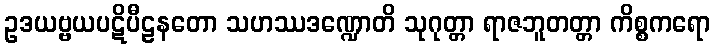
ဥဒယဗ္ဗယပဋိပီဠနတော သဟဿဒဏ္ဍောတိ သုဂုတ္တာ ရာဇဘူတတ္တာ ကိစ္စကရော